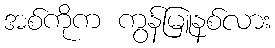
အစ်ကိုက ကွန်မြူနစ်လား